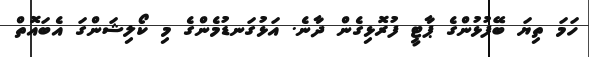
ހަމަ ތިޔަ ބޭފުޅުންގެ ޕާޓީ ފުރޮޅިގެން ދާނެ. އަޅުގަނޑުމެންގެ މި ކޯލިޝަންގަ އެބައޮތް